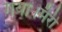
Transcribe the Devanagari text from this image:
गया।मैरी